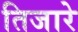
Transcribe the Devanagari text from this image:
तिजारे